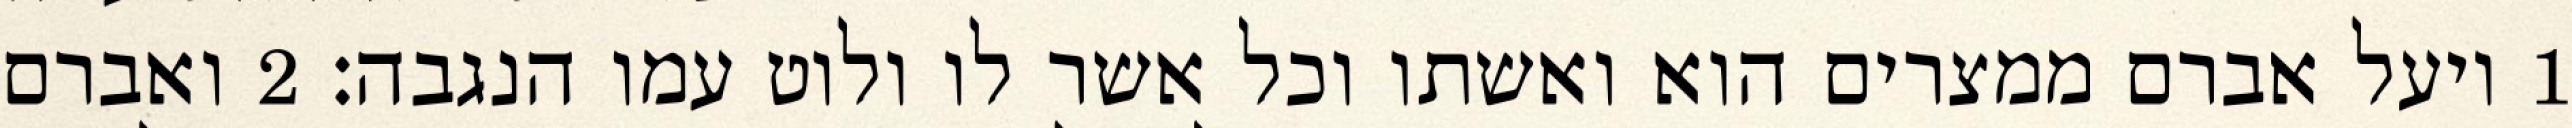
1 ויעל אברם ממצרים הוא ואשתו וכל אשר לו ולוט עמו הנגבה׃ ‎2‏ ואברם